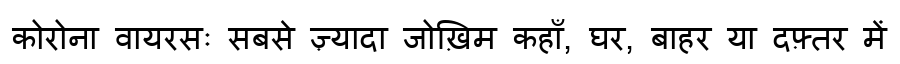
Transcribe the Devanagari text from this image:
कोरोना वायरसः सबसे ज़्यादा जोख़िम कहाँ, घर, बाहर या दफ़्तर में